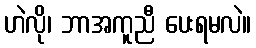
ဟဲလို၊ ဘာအကူညီ ပေးရမလဲ။